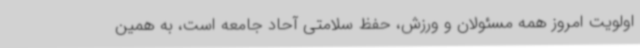
اولویت امروز همه مسئولان و ورزش، حفظ سلامتی آحاد جامعه است، به همین